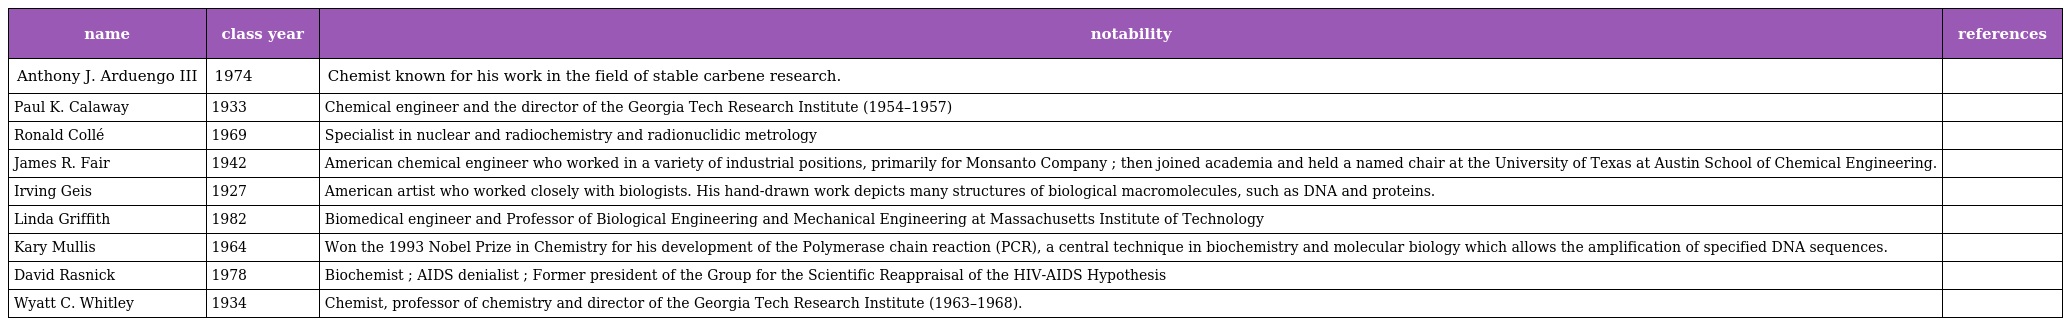
| name | class year | notability | references |
 | --- | --- | --- | --- |
 | Anthony J. Arduengo III | 1974 | Chemist known for his work in the field of stable carbene research. |  |
 | Paul K. Calaway | 1933 | Chemical engineer and the director of the Georgia Tech Research Institute (1954–1957) |  |
 | Ronald Collé | 1969 | Specialist in nuclear and radiochemistry and radionuclidic metrology |  |
 | James R. Fair | 1942 | American chemical engineer who worked in a variety of industrial positions, primarily for Monsanto Company ; then joined academia and held a named chair at the University of Texas at Austin School of Chemical Engineering. |  |
 | Irving Geis | 1927 | American artist who worked closely with biologists. His hand-drawn work depicts many structures of biological macromolecules, such as DNA and proteins. |  |
 | Linda Griffith | 1982 | Biomedical engineer and Professor of Biological Engineering and Mechanical Engineering at Massachusetts Institute of Technology |  |
 | Kary Mullis | 1964 | Won the 1993 Nobel Prize in Chemistry for his development of the Polymerase chain reaction (PCR), a central technique in biochemistry and molecular biology which allows the amplification of specified DNA sequences. |  |
 | David Rasnick | 1978 | Biochemist ; AIDS denialist ; Former president of the Group for the Scientific Reappraisal of the HIV-AIDS Hypothesis |  |
 | Wyatt C. Whitley | 1934 | Chemist, professor of chemistry and director of the Georgia Tech Research Institute (1963–1968). |  |